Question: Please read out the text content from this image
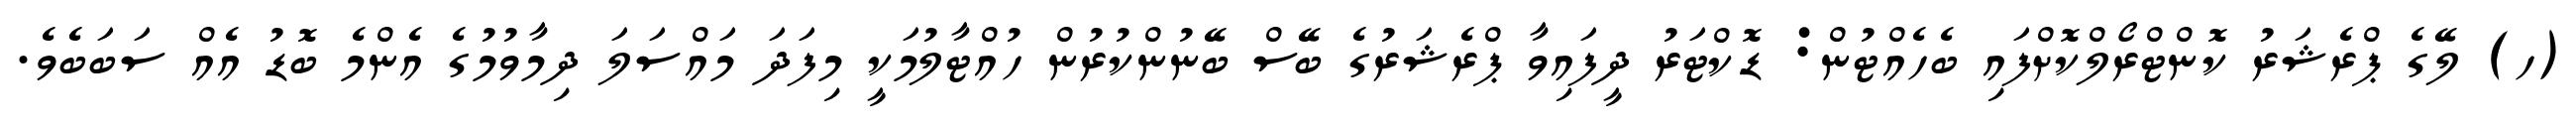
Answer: (ހ) ލޭގެ ޕްރެޝަރު ކޮންޓްރޯލްކޮށްފައި ބެހެއްޓުން: ޑޮކްޓަރު ދީފައިވާ ޕްރެޝަރުގެ ބޭސް ބޭނުންކުރުން ހުއްޓާލުމަކީ މިފަދަ މައްސަލަ ދިމާވުމުގެ އެންމެ ބޮޑު އެއް ސަބަބެވެ.